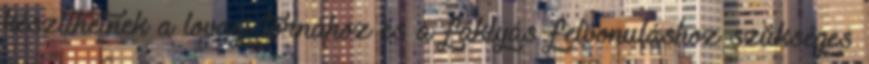
készíthetnek a lovagi tornához és a fáklyás felvonuláshoz szükséges